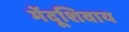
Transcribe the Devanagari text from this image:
मेंदूशिवाय